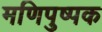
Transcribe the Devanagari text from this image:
मणिपुष्पक